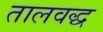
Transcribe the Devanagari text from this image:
तालवद्ध